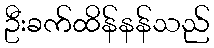
ဦးခက်ထိန်နန်သည်